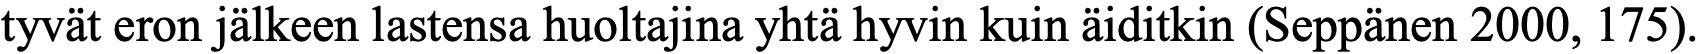
tyvät eron jälkeen lastensa huoltajina yhtä hyvin kuin äiditkin (Seppänen 2000, 175).